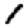
Digit: 1